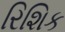
રિશિક